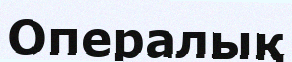
Опералық